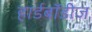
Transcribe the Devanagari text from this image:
हार्डबॉडीज